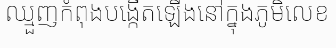
ឈ្មួញកំពុងបង្កើតឡើងនៅក្នុងភូមិលេខ